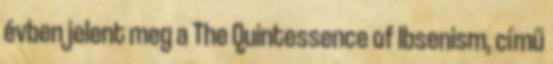
évben jelent meg a The Quintessence of Ibsenism, című